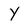
Character: Y